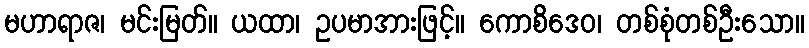
မဟာရာဇ၊ မင်းမြတ်။ ယထာ၊ ဥပမာအားဖြင့်။ ကောစိဒေဝ၊ တစ်စုံတစ်ဦးသော။